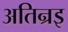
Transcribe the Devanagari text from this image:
अतिन्रइ